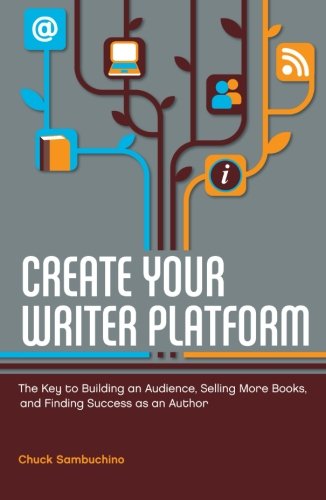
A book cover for Create Your Writer Platform: The Key to Building an Audience, Selling More Books, and Finding Success as an Author; Chuck Sambuchino; Computers & Technology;